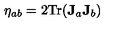
\eta _ { a b } = 2 { \mathrm { T r } } ( \mathbf { J } _ { a } \mathbf { J } _ { b } )